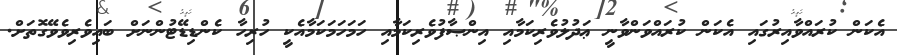
އެކަން ކުރައްވާއިރުގައި އެކަން ކުރައްވަންވާނީ ޢަދުލުވެރިކަމާއި އިންޞާފުވެރިކަމާއި ހަމަހަމަކަމާއެކީ ހުރިހާ ކެންޑިޑޭޓުންނަށް ބައިވެރިވެވޭގޮތަށް.